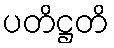
ပတိဋ္ဌတိ